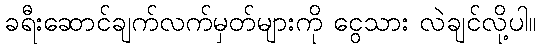
ခရီးဆောင်ချက်လက်မှတ်များကို ငွေသား လဲချင်လို့ပါ။